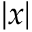
| x |